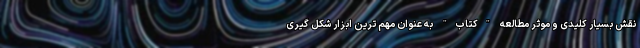
نقش بسیار کلیدی و موثر مطالعه "کتاب" به عنوان مهم ترین ابزار شکل گیری